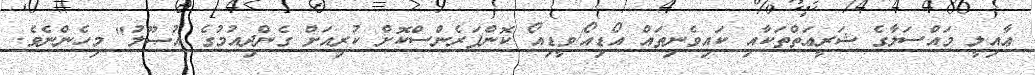
ޢާއިލީ މައްސަލާގެ ޝަރީޢަތްތަކާއި ކައިވެނިތައް އޯޑިއޯ/ވީޑިއޯ ކޮންފަރެންސްކޮށް ކުރިއަށް ގެންދިއުމުގެ އުޞޫލު" މިހެންނެވެ.